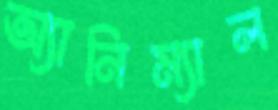
অ্যানিম্যাল